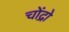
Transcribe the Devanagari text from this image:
चोंद्रो